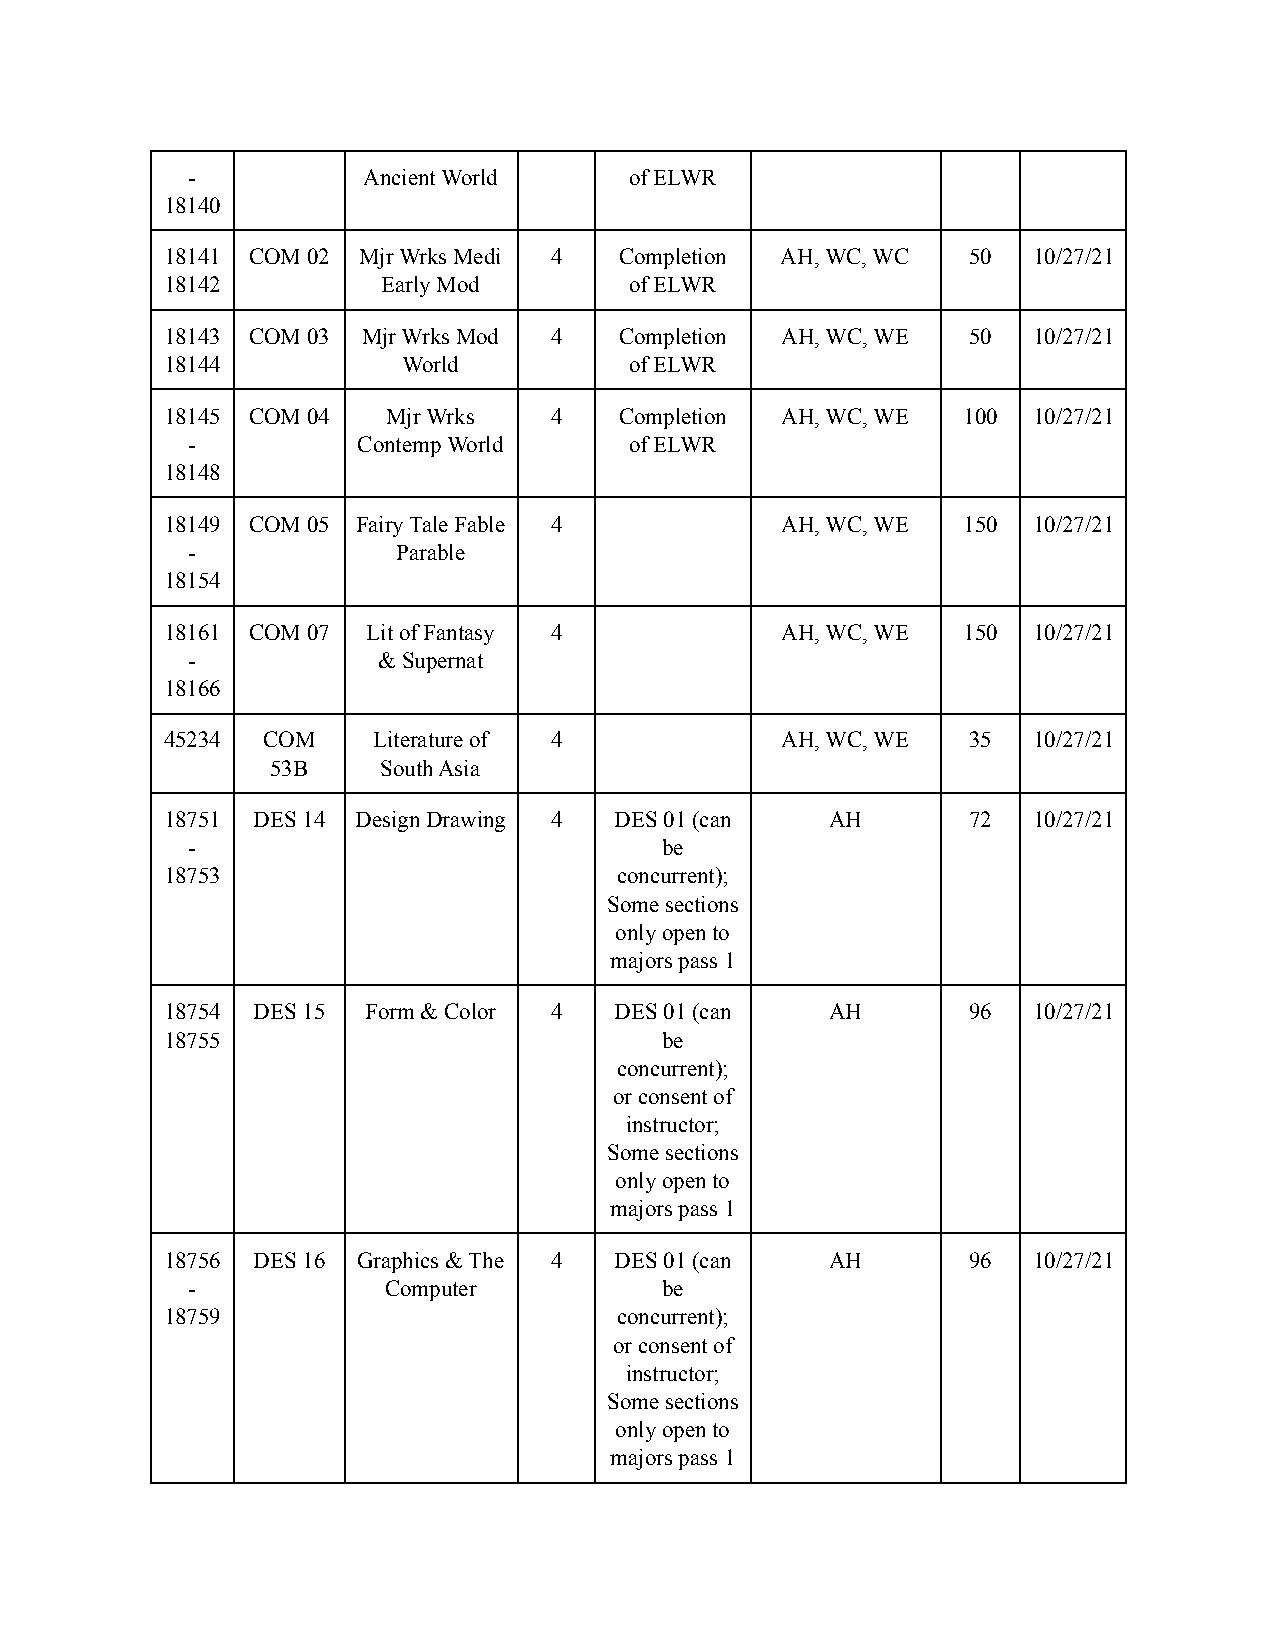
-           Ancient World     of ELWR
 18140
 18141 COM 02 Mjr Wrks Medi 4  Completion AH, WC, WC  50  10/27/21
 18142         Early Mod        of ELWR
 18143 COM 03 Mjr Wrks Mod 4   Completion AH, WC, WE  50  10/27/21
 18144           World          of ELWR
 18145 COM 04   Mjr Wrks  4    Completion AH, WC, WE  100 10/27/21
 -           Contemp World     of ELWR
 18148
 18149 COM 05 Fairy Tale Fable 4          AH, WC, WE  150 10/27/21
 -             Parable
 18154
 18161 COM 07 Lit of Fantasy 4            AH, WC, WE  150 10/27/21
 -            & Supernat
 18166
 45234 COM     Literature of 4            AH, WC, WE  35  10/27/21
 53B    South Asia
 18751 DES 14 Design Drawing 4 DES 01 (can   AH       72  10/27/21
 -                               be
 18753                         concurrent);
 Some sections
 only open to
 majors pass 1
 18754 DES 15 Form & Color 4   DES 01 (can   AH       96  10/27/21
 18755                            be
 concurrent);
 or consent of
 instructor;
 Some sections
 only open to
 majors pass 1
 18756 DES 16 Graphics & The 4 DES 01 (can   AH       96  10/27/21
 -            Computer           be
 18759                         concurrent);
 or consent of
 instructor;
 Some sections
 only open to
 majors pass 1